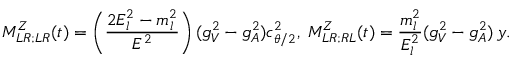
M _ { L R ; L R } ^ { Z } ( t ) = \left( \frac { 2 E _ { l } ^ { 2 } - m _ { l } ^ { 2 } } { E ^ { 2 } } \right) ( g _ { V } ^ { 2 } - g _ { A } ^ { 2 } ) c _ { \theta / 2 } ^ { 2 } , \; M _ { L R ; R L } ^ { Z } ( t ) = \frac { m _ { l } ^ { 2 } } { E _ { l } ^ { 2 } } ( g _ { V } ^ { 2 } - g _ { A } ^ { 2 } ) \, y .